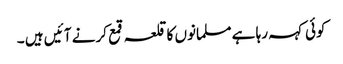
کوئی کہہ رہا ہے مسلمانوں کا قلعہ قمع کرنے آ ئیں ہیں ۔